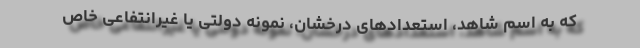
که به اسم شاهد، استعدادهای درخشان، نمونه دولتی یا غیرانتفاعی خاص